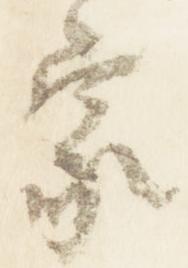
家